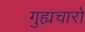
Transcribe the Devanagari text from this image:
गुह्यचारों